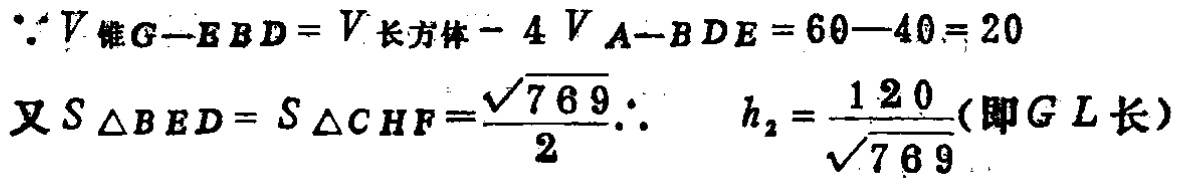
\(\because V_{锥G - EBD}=V_{长方体}-4V_{A - BDE}=60 - 40 = 20\)
又\(S_{\triangle BED}=S_{\triangle CHF}=\frac{\sqrt{769}}{2}\therefore\ \ h_{2}=\frac{120}{\sqrt{769}}(即GL长)\)